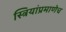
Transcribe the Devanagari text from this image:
स्त्रियांप्रमाणेच